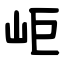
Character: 岠